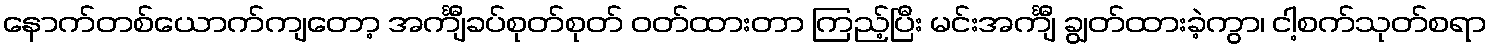
နောက်တစ်ယောက်ကျတော့ အင်္ကျီခပ်စုတ်စုတ် ဝတ်ထားတာ ကြည့်ပြီး မင်းအင်္ကျီ ချွတ်ထားခဲ့ကွာ၊ ငါ့စက်သုတ်စရာ